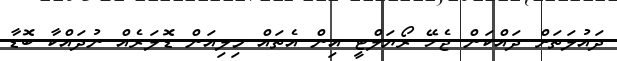
ދައުލަތަށް ދައްކަން ޖެހޭ ރޯޔަލްޓީ އިން އެތައް މިލިއަން ޑޮލަރެއް ނުދައްކާ ބޮޑާ